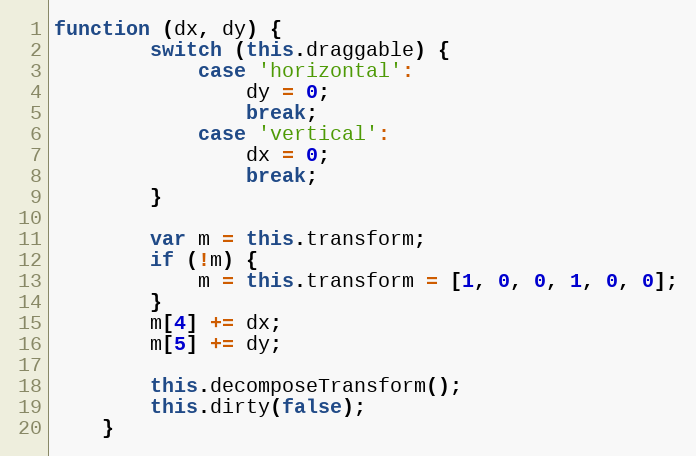
Language: JavaScript
function (dx, dy) {
        switch (this.draggable) {
            case 'horizontal':
                dy = 0;
                break;
            case 'vertical':
                dx = 0;
                break;
        }

        var m = this.transform;
        if (!m) {
            m = this.transform = [1, 0, 0, 1, 0, 0];
        }
        m[4] += dx;
        m[5] += dy;

        this.decomposeTransform();
        this.dirty(false);
    }